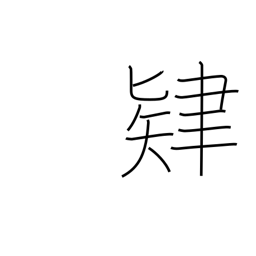
Meaning: effort